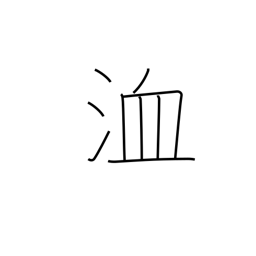
Meaning: ditch